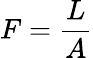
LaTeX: F={\frac{L}{A}}